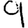
Digit: 9